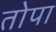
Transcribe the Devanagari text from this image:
तोपा